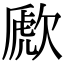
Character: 歋